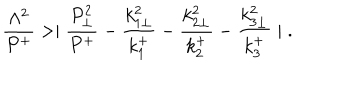
LaTeX: { \frac { \Lambda ^ { 2 } } { P ^ { + } } } > \mid { \frac { P _ { \perp } ^ { 2 } } { P ^ { + } } } - { \frac { k _ { 1 \perp } ^ { 2 } } { k _ { 1 } ^ { + } } } - { \frac { k _ { 2 \perp } ^ { 2 } } { k _ { 2 } ^ { + } } } - { \frac { k _ { 3 \perp } ^ { 2 } } { k _ { 3 } ^ { + } } } \mid \; .